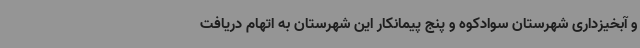
و آبخیزداری شهرستان سوادکوه و پنج پیمانکار این شهرستان به اتهام دریافت